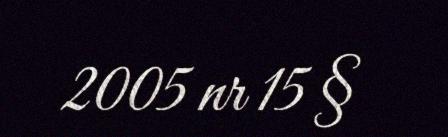
2005 nr 15 §